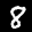
Label: 8